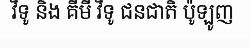
វិទូ និង គីមី វិទូ ជនជាតិ ប៉ូឡូញ